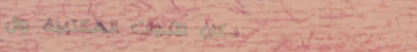
دكان الأدوات المكتبية وال